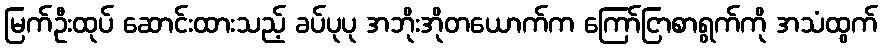
မြက်ဦးထုပ် ဆောင်းထားသည့် ခပ်ပုပု အဘိုးအိုတယောက်က ကြော်ငြာစာရွက်ကို အသံထွက်